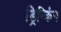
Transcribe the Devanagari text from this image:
ड्रिन्किंग